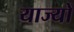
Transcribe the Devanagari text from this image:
याज्यों